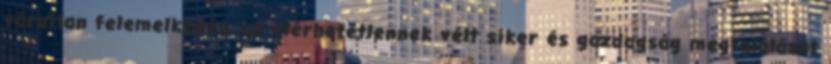
váratlan felemelkedés, az elérhetetlennek vélt siker és gazdagság megtalálását